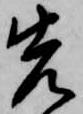
先